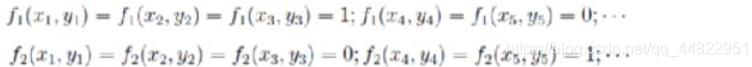
\[
\begin{align*}
f_1(x_1,y_1)&=f_1(x_2,y_2)=f_1(x_3,y_3)=1; f_1(x_4,y_4)=f_1(x_5,y_5)=0;\cdots\\
f_2(x_1,y_1)&=f_2(x_2,y_2)=f_2(x_3,y_3)=0; f_2(x_4,y_4)=f_2(x_5,y_5)=1;\cdots
\end{align*}
\]